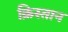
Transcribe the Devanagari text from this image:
क्रिस्तान